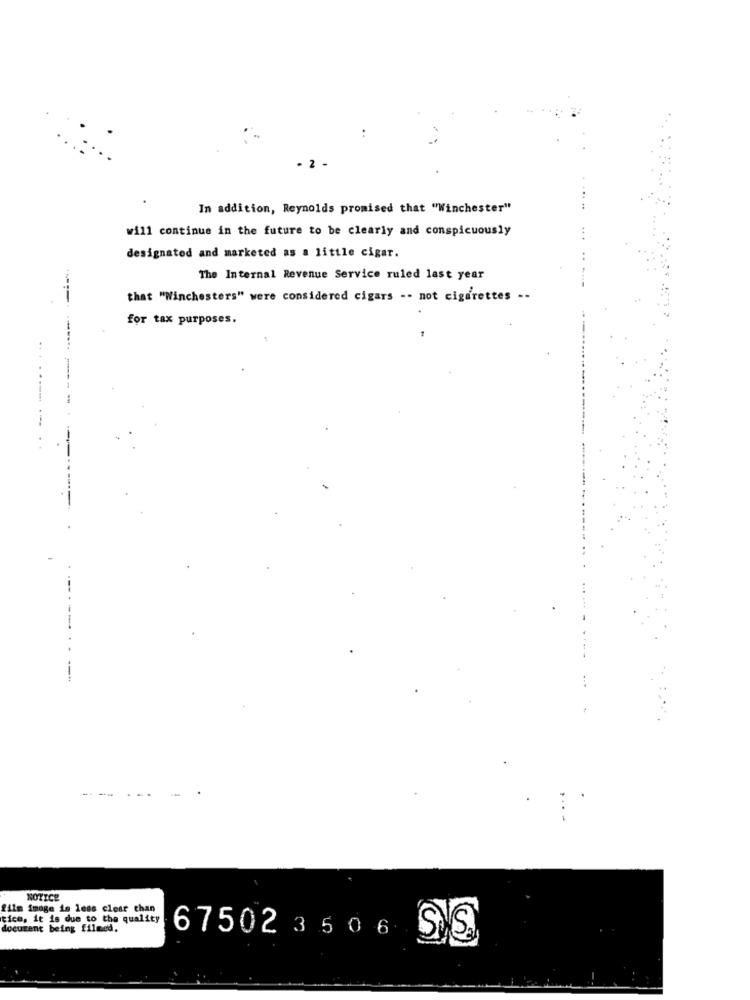
..
- 2 -
In addition, Reynolds promised that "Winchester"
will continue in the future to be clearly and conspicuously
designated and marketed as a little cigar.
The Internal Revenue Service ruled last year
that "Winchesters" were considered cigars -- not cigarettes --
for tax purposes.
... .......
---
----
NOTICE
film image is less close chan
tice, it is due to the quality
document being filmed.
67502 3 5 0 6 SS